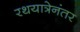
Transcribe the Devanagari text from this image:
रथयात्रेनंतर